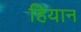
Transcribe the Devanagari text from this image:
हियान